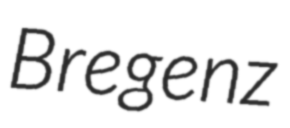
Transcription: Bregenz